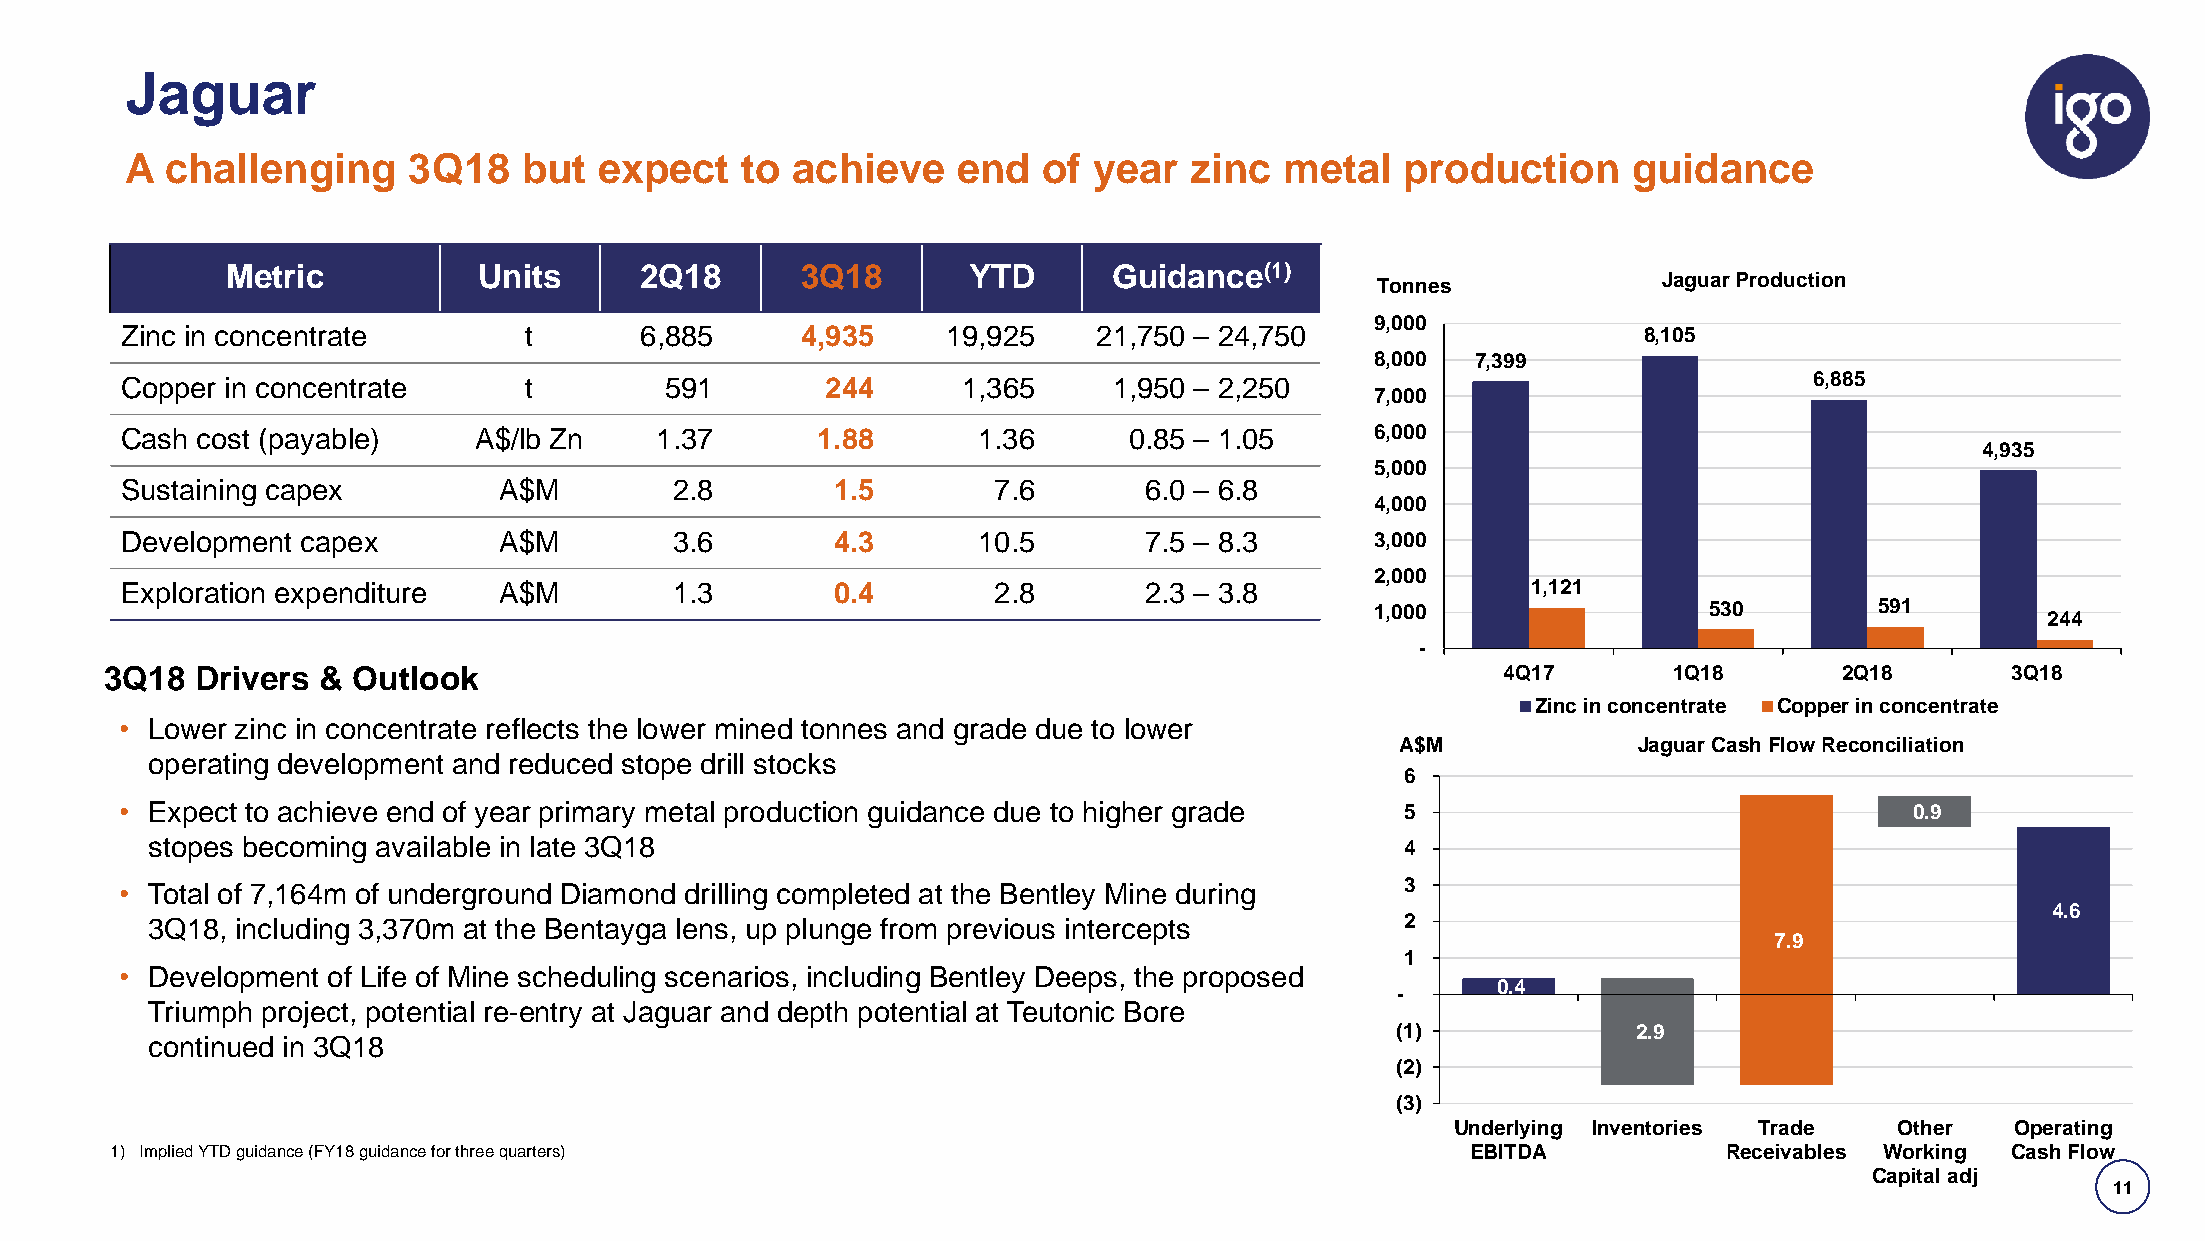
Jaguar
 A  challenging     3Q18    but  expect   to achieve    end   of year   zinc  metal   production     guidance
 Metric           Units     2Q18       3Q18       YTD       Guidance(1)
 Tonnes             Jaguar Production
 9,000
 Zinc in concentrate        t      6,885      4,935     19,925    21,750 – 24,750                     8,105
 8,000  7,399
 Copper in concentrate      t        591        244      1,365     1,950 – 2,250                                 6,885
 7,000
 Cash cost (payable)    A$/lb Zn    1.37       1.88       1.36      0.85 – 1.05     6,000
 4,935
 5,000
 Sustaining capex         A$M         2.8       1.5        7.6       6.0 – 6.8
 4,000
 Development capex        A$M         3.6       4.3       10.5       7.5 – 8.3      3,000
 2,000
 Exploration expenditure  A$M         1.3       0.4        2.8       2.3 – 3.8                1,121
 1,000                 530        591
 244
 -
 3Q18  Drivers & Outlook                                                                      4Q17       1Q18       2Q18       3Q18
 Zinc in concentrate Copper in concentrate
 • Lower zinc in concentrate reflects the lower mined tonnes and grade due to lower
 A$M            Jaguar Cash Flow Reconciliation
 operating development and reduced stope drill stocks
 6
 s
 • Expect to achieve end of year primary metal production guidance due to higher grade d n 5                            0.9
 a
 stopes becoming available in late 3Q18                                          s u 4
 o
 h
 • Total of 7,164m of underground Diamond drilling completed at the Bentley Mine during T 3
 4.6
 3Q18, including 3,370m at the Bentayga lens, up plunge from previous intercepts    2
 7.9
 1
 • Development of Life of Mine scheduling scenarios, including Bentley Deeps, the proposed
 0.4
 -
 Triumph project, potential re-entry at Jaguar and depth potential at Teutonic Bore
 (1)             2.9
 continued in 3Q18
 (2)
 (3)
 Underlying Inventories Trade  Other  Operating
 1) Implied YTD guidance (FY18 guidance for three quarters)                                EBITDA           Receivables Working Cash Flow
 Capital adj
 11